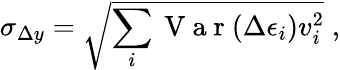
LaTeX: \sigma_{\Delta y}=\sqrt{\sum_{i}\mathrm{~V~a~r~}(\Delta\epsilon_{i})v_{i}^{2}}\; ,